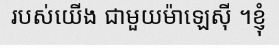
របស់យើង ជាមួយម៉ាឡេស៊ី ។ខ្ញុំ